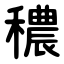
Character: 穠